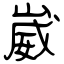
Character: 崴